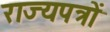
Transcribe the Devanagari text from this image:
राज्यपत्रों